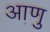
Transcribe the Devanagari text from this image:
आणु